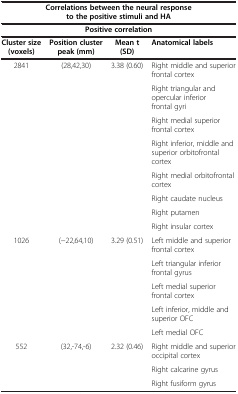
| <COLSPAN=4> Correlations between the neural response to thepositive stimuli and HA |
 | <COLSPAN=4> Positive correlation |
 | Cluster size (voxels) | Position cluster peak (mm) | Mean t (SD) | Anatomical labels |
 | --- | --- | --- | --- |
 | <ROWSPAN=8> 2841 | <ROWSPAN=8> (28,42,30) | <ROWSPAN=8> 3.38 (0.60) | Right middle and superior frontal cortex |
 | Right triangular and opercular inferior frontal gyri |
 | Right medial superior frontal cortex |
 | Right inferior, middle and superior orbitofrontalcortex |
 | Right medial orbitofrontal cortex |
 | Right caudate nucleus |
 | Right putamen |
 | Right insular cortex |
 | <ROWSPAN=5> 1026 | <ROWSPAN=5> (-22,64,10) | <ROWSPAN=5> 3.29 (0.51) | Left middle and superior frontal cortex |
 | Left triangular inferior frontal gyrus |
 | Left medial superior frontal cortex |
 | Left inferior, middle and superior OFC |
 | Left medial OFC |
 | <ROWSPAN=3> 552 | <ROWSPAN=3> (32,-74,-6) | <ROWSPAN=3> 2.32 (0.46) | Right middle and superior occipital cortex |
 | Right calcarine gyrus |
 | Right fusiform gyrus |